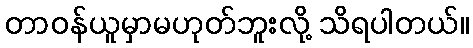
တာဝန်ယူမှာမဟုတ်ဘူးလို့ သိရပါတယ်။